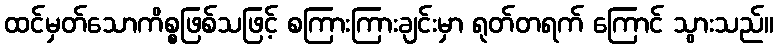
ထင်မှတ်သောကိစ္စဖြစ်သဖြင့် စကြားကြားချင်းမှာ ရုတ်တရက် ကြောင် သွားသည်။